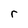
Character: r